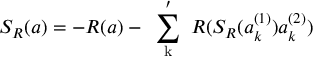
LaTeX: S _ { R } ( a ) = - R ( a ) - \mathrm { ~ \sum _ { k } ^ { \prime } ~ } R ( S _ { R } ( a _ { k } ^ { ( 1 ) } ) a _ { k } ^ { ( 2 ) } )